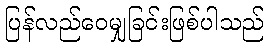
ပြန်လည်ဝေမျှခြင်းဖြစ်ပါသည်